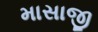
માસાજી